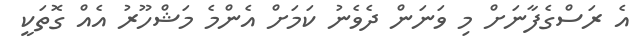
އެ ރަސްގެފާނަށް މި ވަނަން ދެވެނު ކަމަށް އެންމެ މަޝްހޫރު އެއް ގޮތަކީ